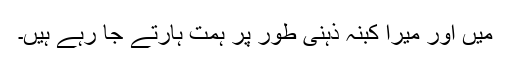
میں اور میرا کبنہ ذہنی طور پر ہمت ہارتے جا رہے ہیں۔